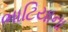
ભાટિયાના